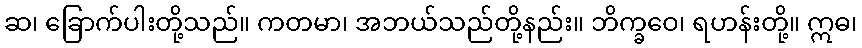
ဆ၊ ခြောက်ပါးတို့သည်။ ကတမာ၊ အဘယ်သည်တို့နည်း။ ဘိက္ခဝေ၊ ရဟန်းတို့။ ဣဓ၊